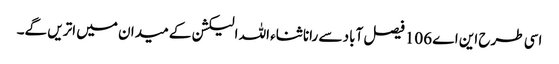
اسی طرح این اے 106 فیصل آباد سے رانا ثناء اللہ الیکشن کے میدان میں اتریں گے۔